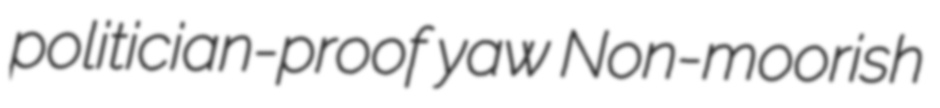
politician-proof yaw Non-moorish